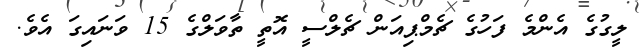
ލީގުގެ އެންމެ ފަހުގެ ޗެމްޕިއަން ޗެލްސީ އޮތީ ތާވަލްގެ 15 ވަނައިގަ އެވެ.